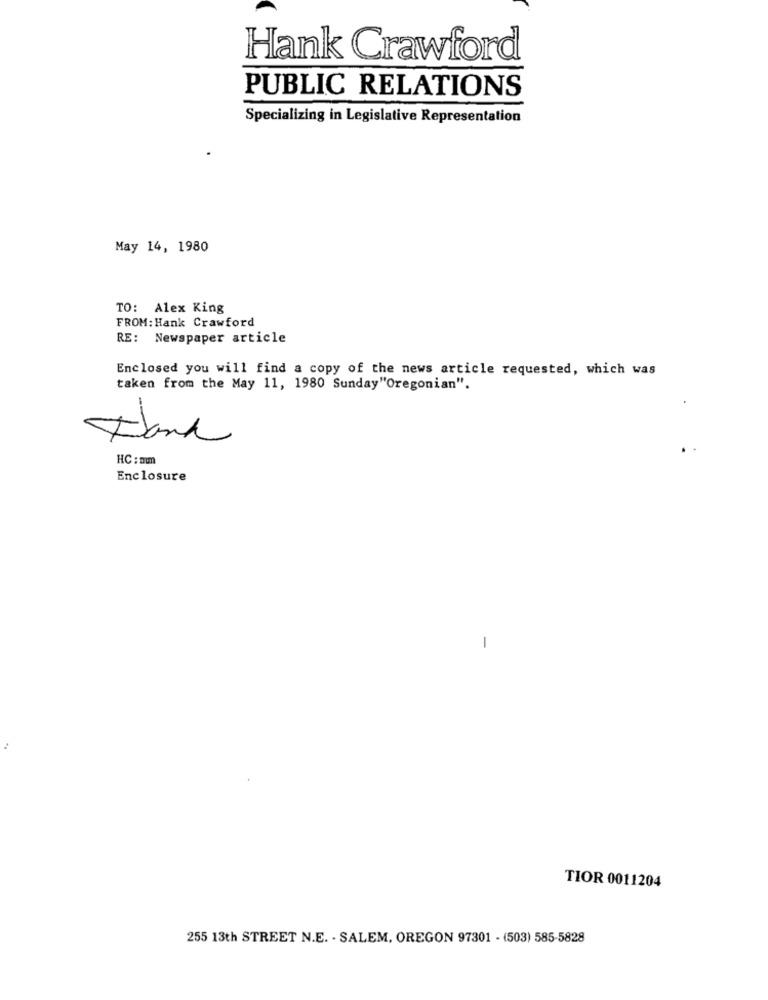
Hank Crawford
PUBLIC RELATIONS
Specializing in Legislative Representation
May 14, 1980
TO: Alex King
FROM: Hank Crawford
RE: Newspaper article
Enclosed you will find a copy of the news article requested, which was
taken from the May 11, 1980 Sunday"Oregonian".
HC : mm
Enclosure
TIOR 0011204
255 13th STREET N.E. - SALEM, OREGON 97301 - (503) 585-5828